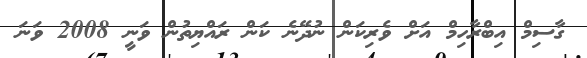
ގާސިމް އިބްރާހިމް އަށް ވެރިކަން ނުދޭނެ ކަން ރައްޔިތުން ވަނީ 2008 ވަނަ